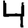
Digit: 4